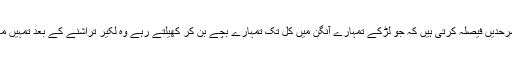
یہی لکیریں، یہی سرحدیں فیصلہ کرتی ہیں کہ جو لڑکے تمہارے آنگن میں کل تک تمہارے بچے بن کر کھیلتے رہے وہ لکیر تراشنے کے بعد تمہیں ماں رہنے دیں گے ۔